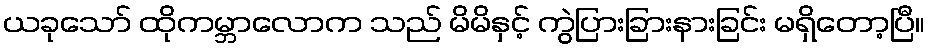
ယခုသော် ထိုကမ္ဘာလောက သည် မိမိနှင့် ကွဲပြားခြားနားခြင်း မရှိတော့ပြီ။